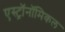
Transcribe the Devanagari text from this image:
एस्ट्रॉनॉमिकल